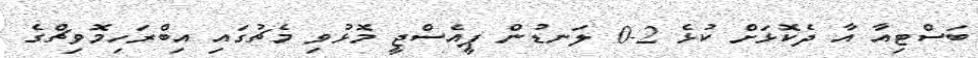
ބަސްޓިއާ އާ ދެކޮޅަށް ކުޅެ 2-0 ލަނޑުން ޕީއެސްޖީ މޮޅުވި މެޗުގައި އިބްރަހިމޮވިޗްގެ